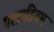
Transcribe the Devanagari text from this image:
पलाडियम